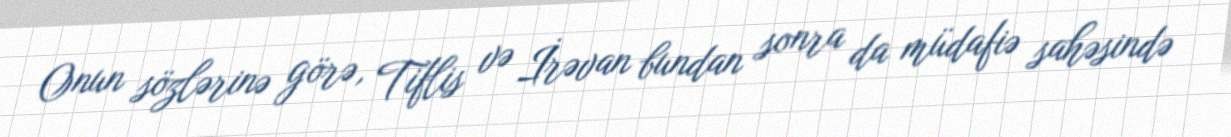
Onun sözlərinə görə, Tiflis və İrəvan bundan sonra da müdafiə sahəsində